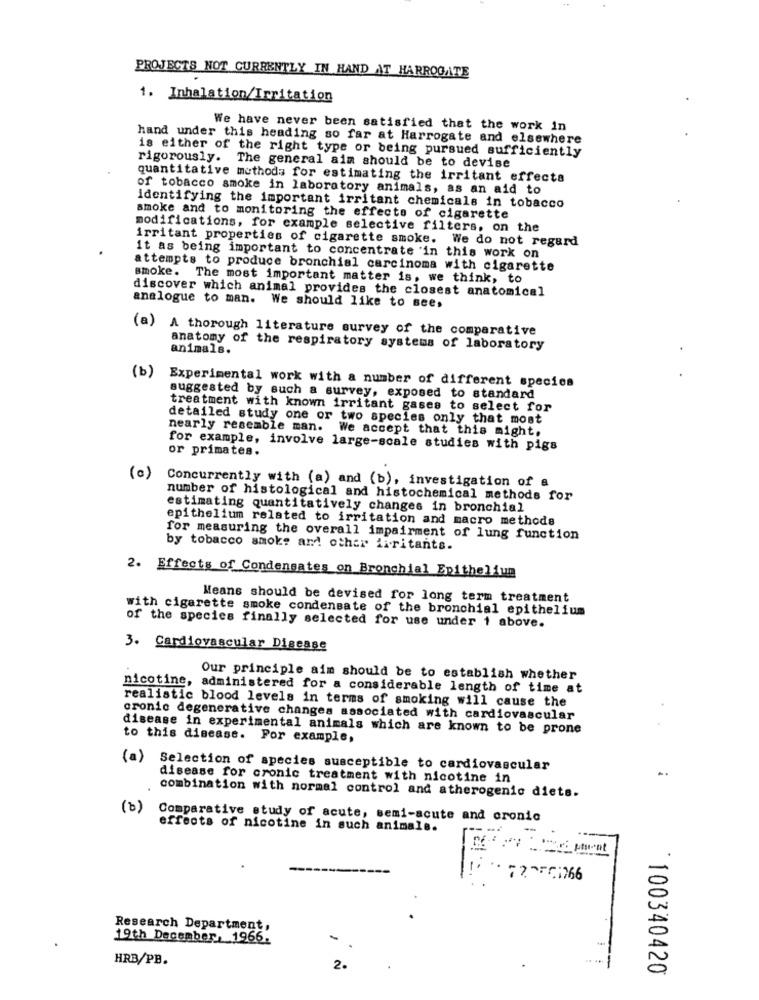
PROJECTS NOT CURRENTLY IN HAND AT HARROGATE
1. Inhalation/Irritation
We have never been satisfied that the work in
hand under this heading so far at Harrogate and elsewhere
is either of the right type or being pursued sufficiently
rigorously. The general aim should be to devise
quantitative methods for estimating the irritant effects
of tobacco smoke in laboratory animals, as an aid to
identifying the important irritant chemicals in tobacco
smoke and to monitoring the effects of cigarette
modifications, for example selective filters, on the
irritant properties of cigarette smoke. We do not regard
it as being important to concentrate 'in this work on
attempts to produce bronchial carcinoma with cigarette
smoke. The most important matter is, we think, to
discover which animal provides the closest anatomical
analogue to man. We should like to see,
(a) A thorough literature survey of the comparative
anatomy of the respiratory systems of laboratory
animals.
(b)
Experimental work with a number of different species
suggested by such a survey, exposed to standard
treatment with known irritant gases to select for
detailed study one or two species only that most
nearly resemble man. We accept that this might.
for example, involve large-scale studies with pigs
or primates.
(0)
Concurrently with (a) and (b), investigation of a
number of histological and histochemical methods for
estimating quantitatively changes in bronchial
epithelium related to irritation and macro methods
for measuring the overall impairment of lung function
by tobacco smoke and other irritants.
2. Effects of Condensates on Bronchial Epithelium
Means should be devised for long term treatment
with cigarette smoke condensate of the bronchial epithelium
of the species finally selected for use under 1 above.
3. Cardiovascular Disease
Our principle aim should be to establish whether
nicotine, administered for a considerable length of time at
realistic blood levels in terms of smoking will cause the
cronic degenerative changes associated with cardiovascular
disease in experimental animals which are known to be prone
to this disease. For example,
(a)
Selection of species susceptible to cardiovascular
disease for cronic treatment with nicotine in
combination with normal control and atherogenic diets.
(b)
Comparative study of acute, semi-acute and cronic
effects of nicotine in such animals.
L
723561766
Research Department,
19th December, 1966.
HRB/PB.
2.
* 100340420